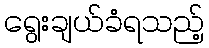
ရွေးချယ်ခံရသည့်